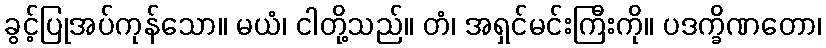
ခွင့်ပြုအပ်ကုန်သော။ မယံ၊ ငါတို့သည်။ တံ၊ အရှင်မင်းကြီးကို။ ပဒက္ခိဏတော၊